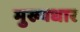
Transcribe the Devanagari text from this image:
मुख्यधार